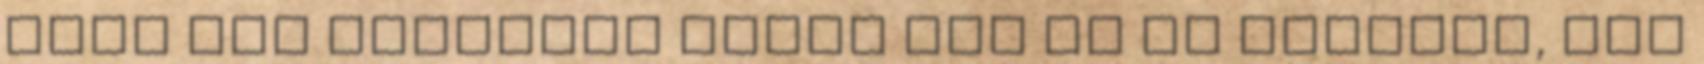
hogy van szeretet Mivel sem az én szüleim, sem